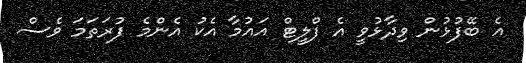
އެ ބޭފުޅުން ވިދާޅުވީ އެ ފްލީޓް އައުމާ އެކު އެންމެ ފުރަތަމަ ވެސް